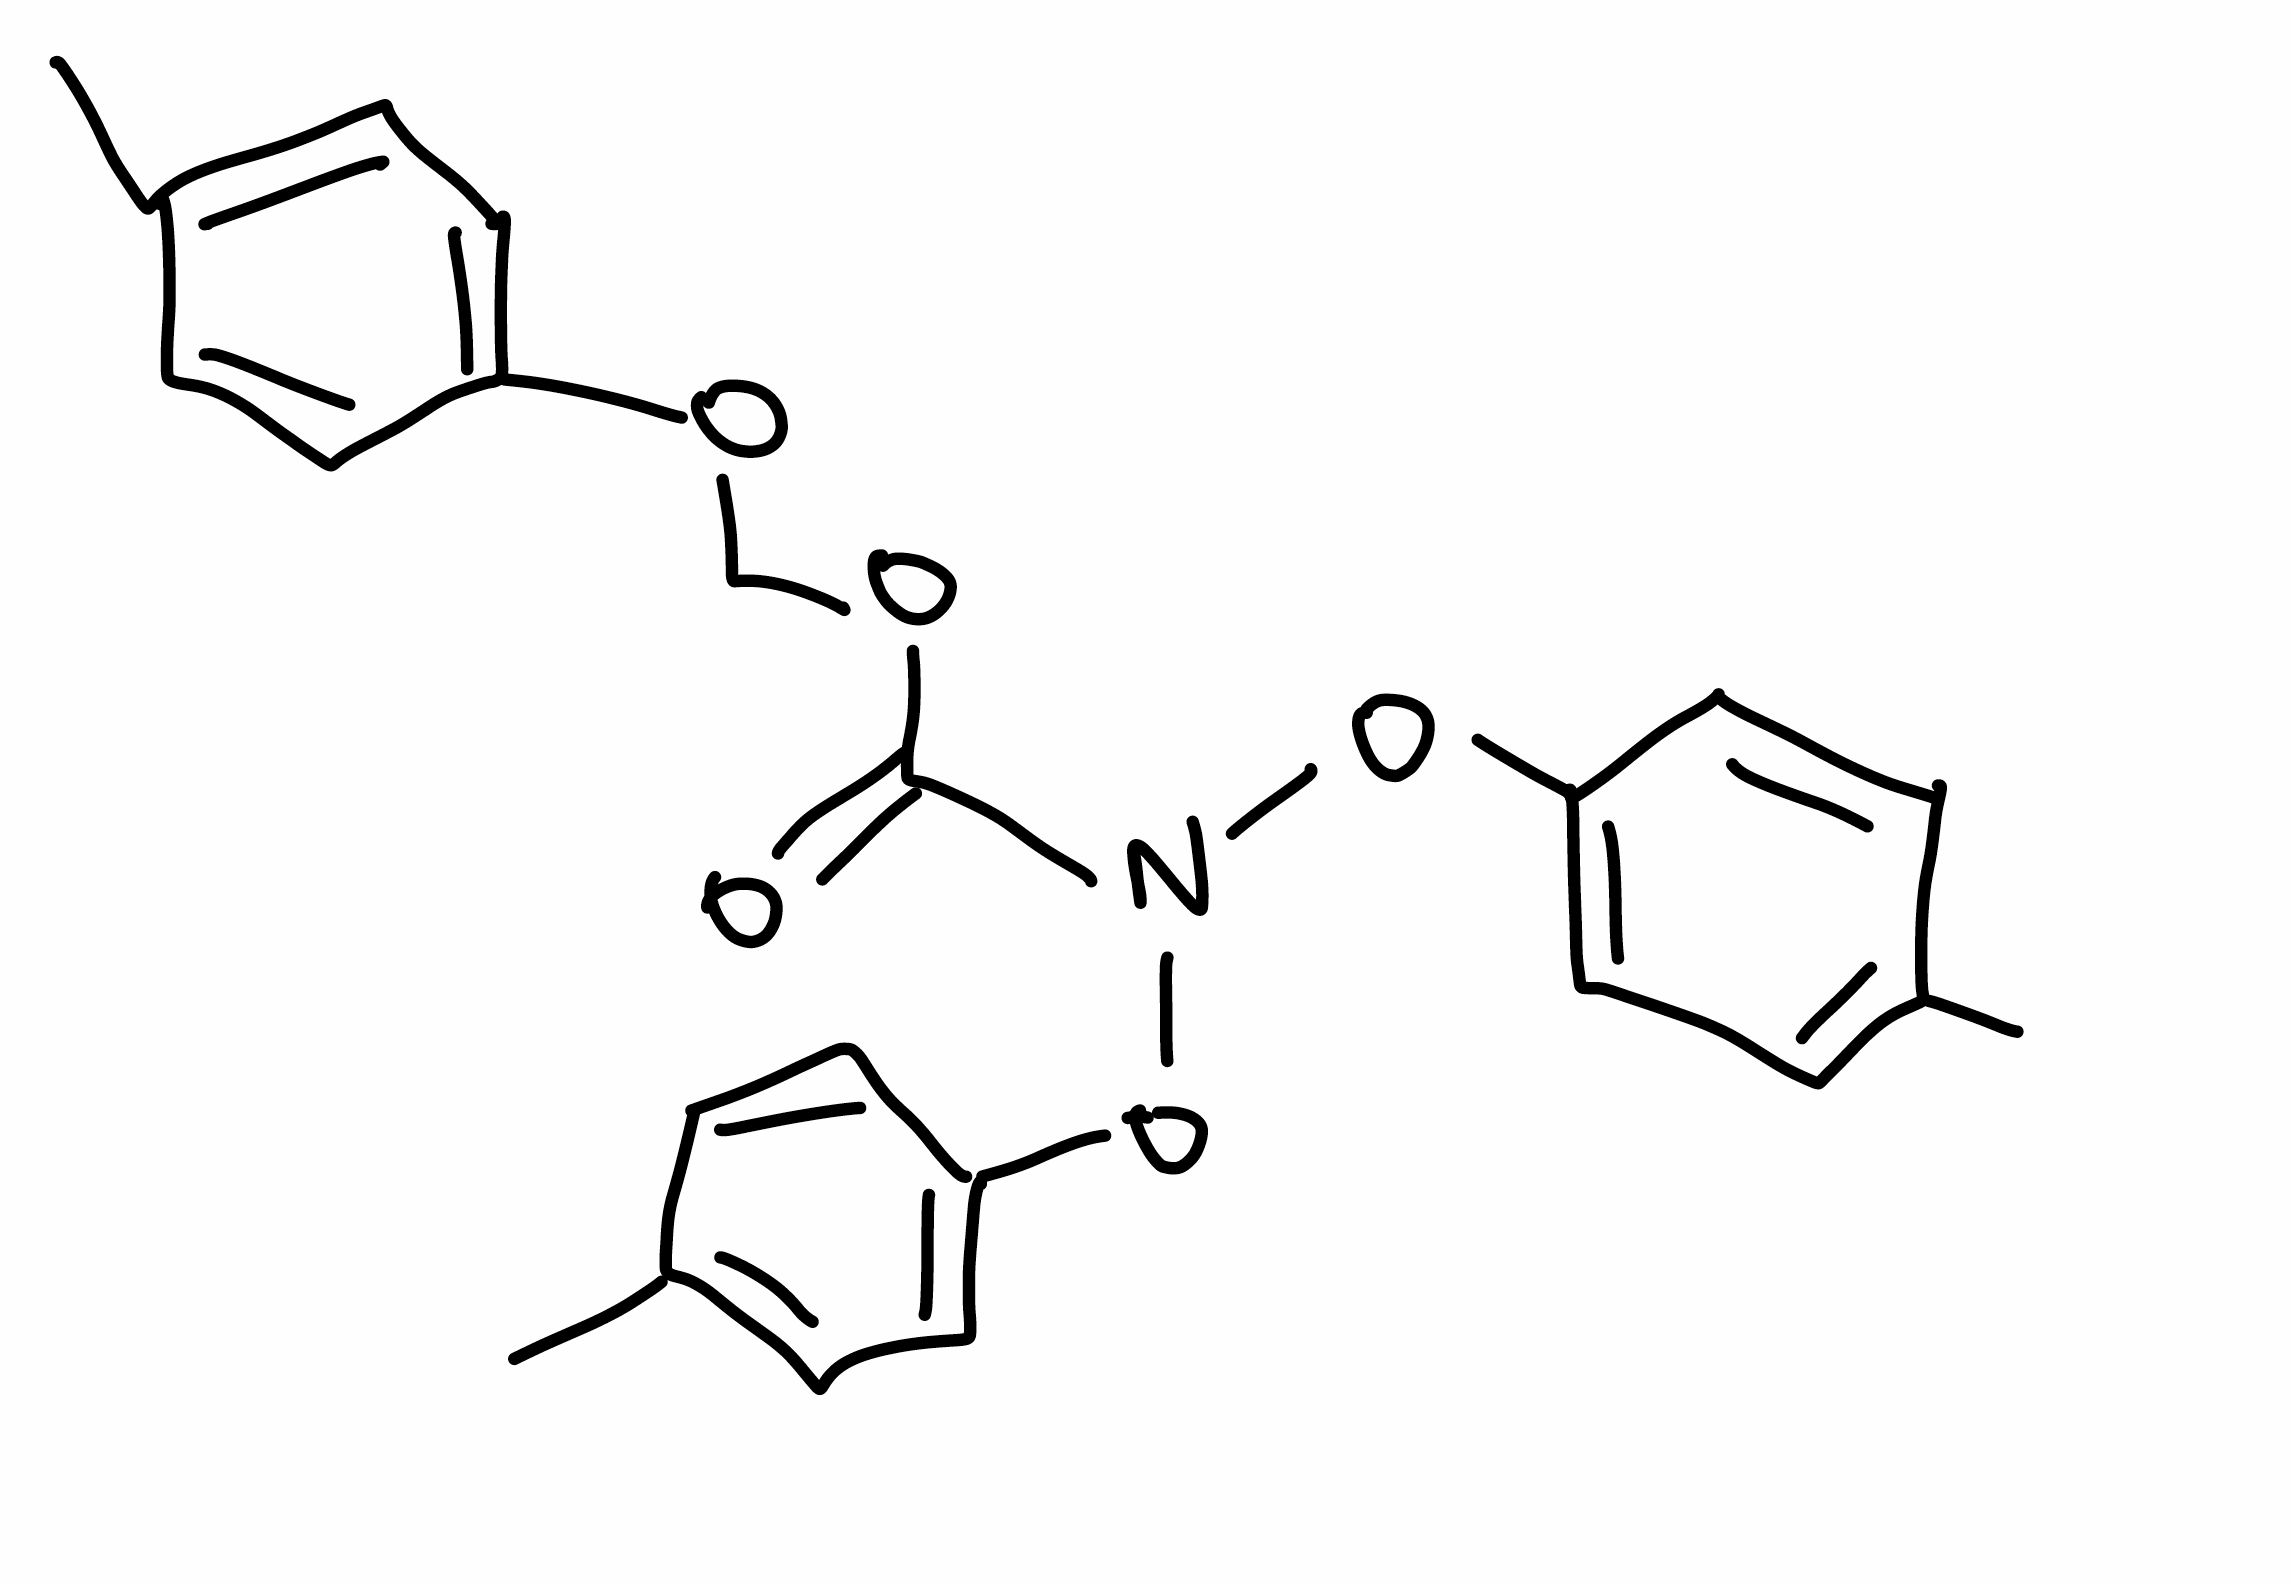
Simplified molecular-input line-entry system (SMILES) notation of the given molecule:
CC1=CC=C(C=C1)OCOC(=O)N(OC2=CC=C(C=C2)C)OC3=CC=C(C=C3)C